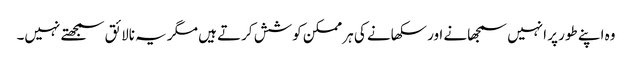
وہ اپنے طور پر انہیں سمجھانے اور سکھانے کی ہر ممکن کوشش کرتے ہیں مگر یہ نالائق سمجھتے نہیں۔